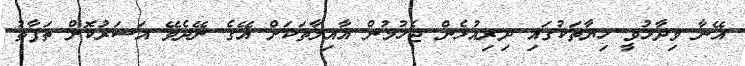
އޭނާ ވިދާޅުވީ ހިޔާތަކުގައި ދިރިއުޅެން ޖެހުމުން އާއިލާތަކަށް އޭގެ ނޭދެވޭ އަސަރުކޮށް ތަފާތު